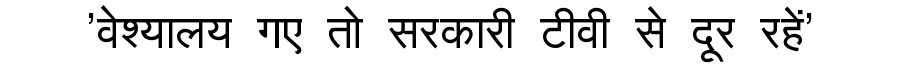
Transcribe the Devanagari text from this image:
'वेश्यालय गए तो सरकारी टीवी से दूर रहें'